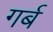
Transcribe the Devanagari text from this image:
गर्ब